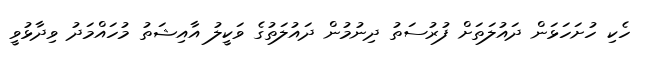
ހެކި ހުށަހަޅަން ދައުލަތަށް ފުރުސަތު ދިނުމުން ދައުލަތުގެ ވަކީލު އާއިޝަތު މުހައްމަދު ވިދާޅުވީ